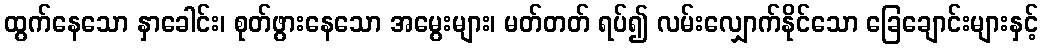
ထွက်နေသော နှာခေါင်း၊ စုတ်ဖွားနေသော အမွေးများ၊ မတ်တတ် ရပ်၍ လမ်းလျှောက်နိုင်သော ခြေချောင်းများနှင့်